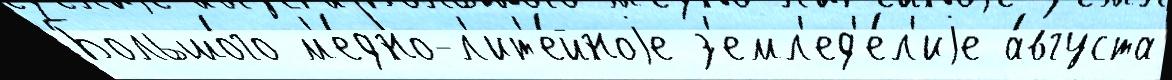
Большо́го м'е́дно-л'ит'е́йноjе з'емл'ед'е́л'иjе а́вгуста